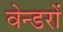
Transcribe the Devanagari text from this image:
वेन्डरों